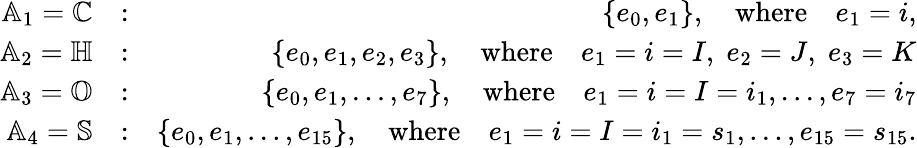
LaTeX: \begin{array}{rlr}{\mathbb{A}_{1}=\mathbb{C}}&{:}&{\{ e_{0},e_{1}\} ,\quad\textrm{where}\quad e_{1}=i,}\\ {\mathbb{A}_{2}=\mathbb{H}}&{:}&{\{ e_{0},e_{1},e_{2},e_{3}\} ,\quad\textrm{where}\quad e_{1}=i=I,\; e_{2}=J,\; e_{3}=K}\\ {\mathbb{A}_{3}=\mathbb{O}}&{:}&{\{ e_{0},e_{1},...,e_{7}\} ,\quad\textrm{where}\quad e_{1}=i=I=i_{1},...,e_{7}=i_{7}}\\ {\mathbb{A}_{4}=\mathbb{S}}&{:}&{\{ e_{0},e_{1},...,e_{15}\} ,\quad\textrm{where}\quad e_{1}=i=I=i_{1}=s_{1},...,e_{15}=s_{15}.}\end{array}